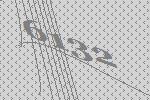
6132